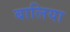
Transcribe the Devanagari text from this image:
बालिया